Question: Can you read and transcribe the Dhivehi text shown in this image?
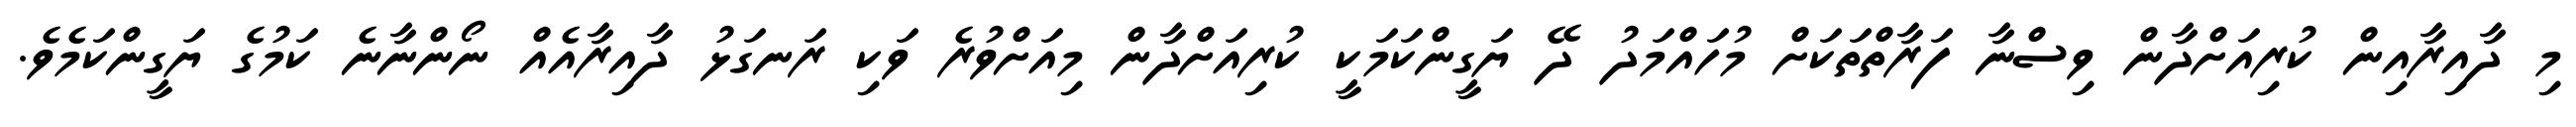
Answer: މި ދާއިރާއިން ކުރިއަށްދާން ވިސްނާ ފަރާތްތަކަށް މުހައްމަދު ދޭ ޔަގީންކަމަކީ ކުރިއަށްދާން މިއަށްވުރެ ވަކި ރަނގަޅު ދާއިރާއެއް ނޯންނާނެ ކަމުގެ ޔަގީންކަމެވެ.